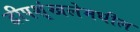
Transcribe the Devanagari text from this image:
द्वीपशृंखलेमधील